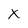
Character: X